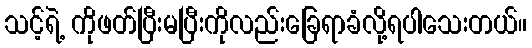
သင့်ရဲ့ ကိုဖတ်ပြီးမပြီးကိုလည်းခြေရာခံလို့ရပါသေးတယ်။